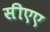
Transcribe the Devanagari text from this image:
सीएए